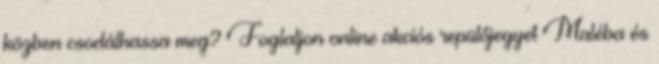
közben csodálhassa meg? Foglaljon online akciós repülőjegyet Maléba és